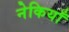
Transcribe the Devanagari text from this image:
नेकियाँ